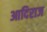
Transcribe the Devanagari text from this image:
आदिराज